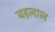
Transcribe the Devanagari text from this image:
बहलाल